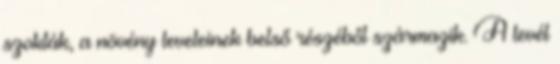
szokták, a növény leveleinek belső részéből származik. A levél